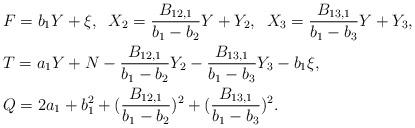
LaTeX: \begin{align*}&F=b_1Y+\xi,\;\; X_2=\frac{B_{12,1}}{b_1-b_2}Y+Y_2,\;\;X_3=\frac{B_{13,1}}{b_1-b_3}Y+Y_3,\\&T=a_1Y+N-\frac{B_{12,1}}{b_1-b_2}Y_2-\frac{B_{13,1}}{b_1-b_3}Y_3-b_1\xi,\\&Q=2a_1+b_1^2+(\frac{B_{12,1}}{b_1-b_2})^2+(\frac{B_{13,1}}{b_1-b_3})^2.\end{align*}